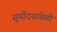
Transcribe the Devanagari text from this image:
सूर्योदयावेळी